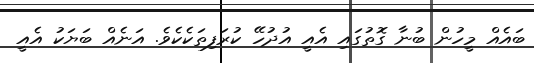
ބައެއް މީހުން ބުނާ ގޮތުގައި އެއީ އުދުހޭ ކުރަފިތަކެކެވެ. އަނެއް ބަޔަކު އެއީ